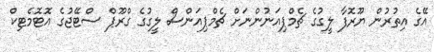
އޭގެ އިތުރުން ޔޫރޮފާ ލީގުގެ ޗެމްޕިއަނުންނަށް ޗެމްޕިއަންސް ލީގުގެ ގްރޫޕް ސްޓޭޖުގެ އޮޓޮމެޓިކް